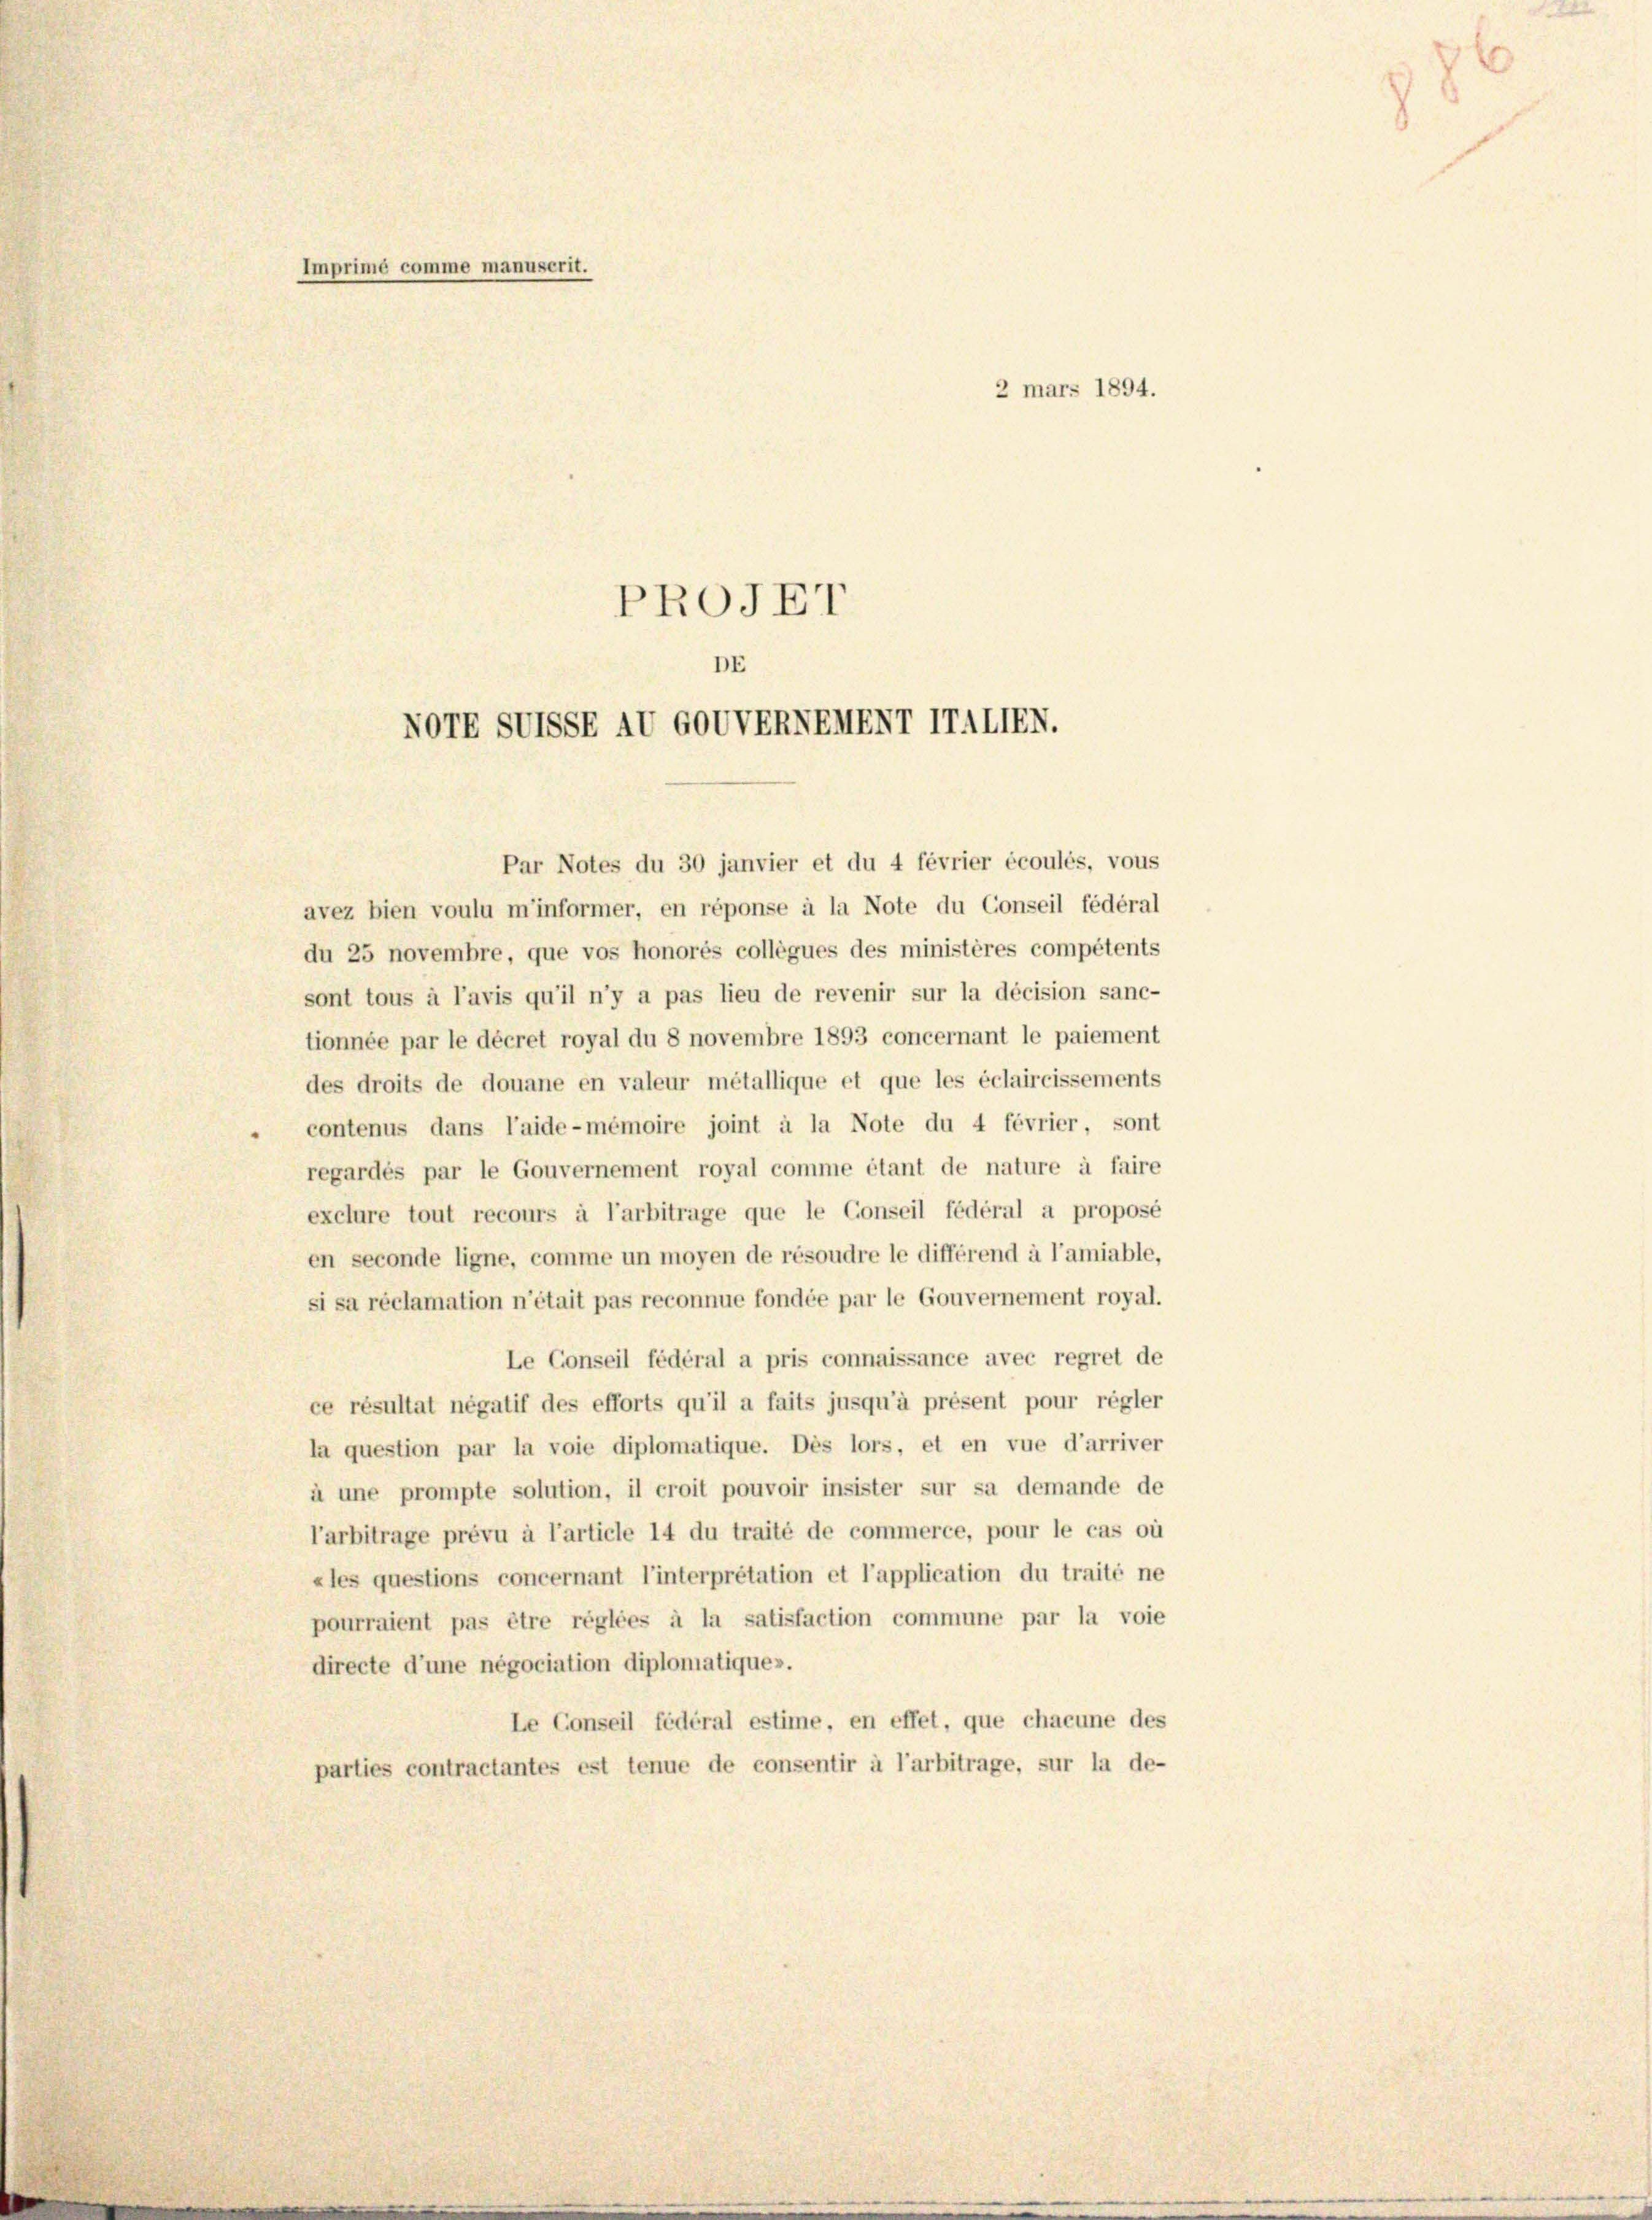
Imprime comme manuscrit.
2 mars 1894.
PROJET

DE
VOTE SUTSSE AUGOVVERNEHENT ITALIEN.

Par Notes du 30 janvier et du 4 février écoulés, vous
avez bien voulu m’informer, en réponse à la Note du Conseil fédéral
du 25 novembre, que vos honorés collègues des ministères compétents
sont tous à l’avis qu’il n’y a pas lieu de revenir sur la décision sanc-
tionnée par le décret royal du 8 novembre 1893 concernant le paiement
des droits de douane en valeur metallique et que les éclaircissements
contenus dans l’aide-mémoire joint à la Note du 4 février, sont
regardés par le Gouvernement royal comme étant de nature à faire
exclure tout recours à l’arbitrage que le Conseil fédéral a proposé
en seconde ligne, comme un moyen de résoudre le différend à l’amiable,
si sa réclamation n’était pas reconnue fondée par le Gouvernement royal.
Le Conseil fédéral a pris connaissance avec regret de
ce résultat negatif des efforts qu’il a faits jusqu’à présent pour régler
la question par la voie diplomatique. Dès lors, et en vue d’arriver
à une prompte solution, il croit pouvoir insister sur sa demande de
l’arbitrage prévu à l’article 14 du traité de commerce, pour le cas où
«les questions concernant l’interpretation et l’application du traité ne
pourraient pas être réglées à la satisfaction commune par la voie
directe d’une negociation diplomatiques.
Le Conseil fédéral estime, en effet, que chacune des
parties contractantes est tenue de consentir à l’arbitrage, sur la de-